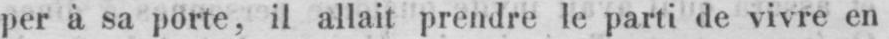
per à sa porte, il allait prendre le parti de vivre en